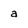
Character: a